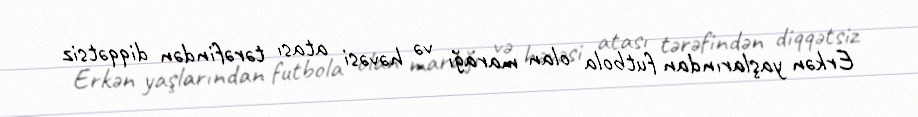
Erkən yaşlarından futbola olan marağı və həvəsi atası tərəfindən diqqətsiz